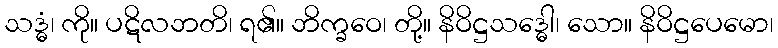
သဒ္ဓံ၊ ကို။ ပဋိလဘတိ၊ ရ၏။ ဘိက္ခဝေ၊ တို့။ နိဝိဋ္ဌသဒ္ဓေါ၊ သော။ နိဝိဋ္ဌပေမော၊